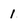
Character: 1